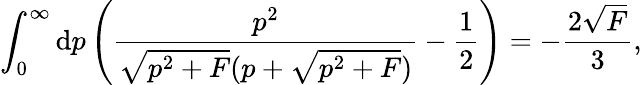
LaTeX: \int_{0}^{\infty}\mathrm{d}p\left(\frac{p^{2}}{\sqrt{p^{2}+F}(p+\sqrt{p^{2}+F})}-\frac{1}{2}\right)=-\frac{2\sqrt{F}}{3},